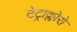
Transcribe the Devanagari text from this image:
टेट्राक्लोरो